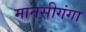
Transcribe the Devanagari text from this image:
मानसीगंगा